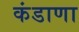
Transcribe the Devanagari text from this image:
कंडाणा